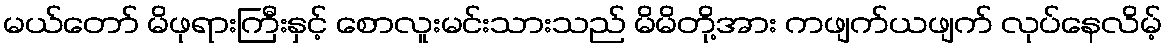
မယ်တော် မိဖုရားကြီးနှင့် စောလူးမင်းသားသည် မိမိတို့အား ကဖျက်ယဖျက် လုပ်နေလိမ့်